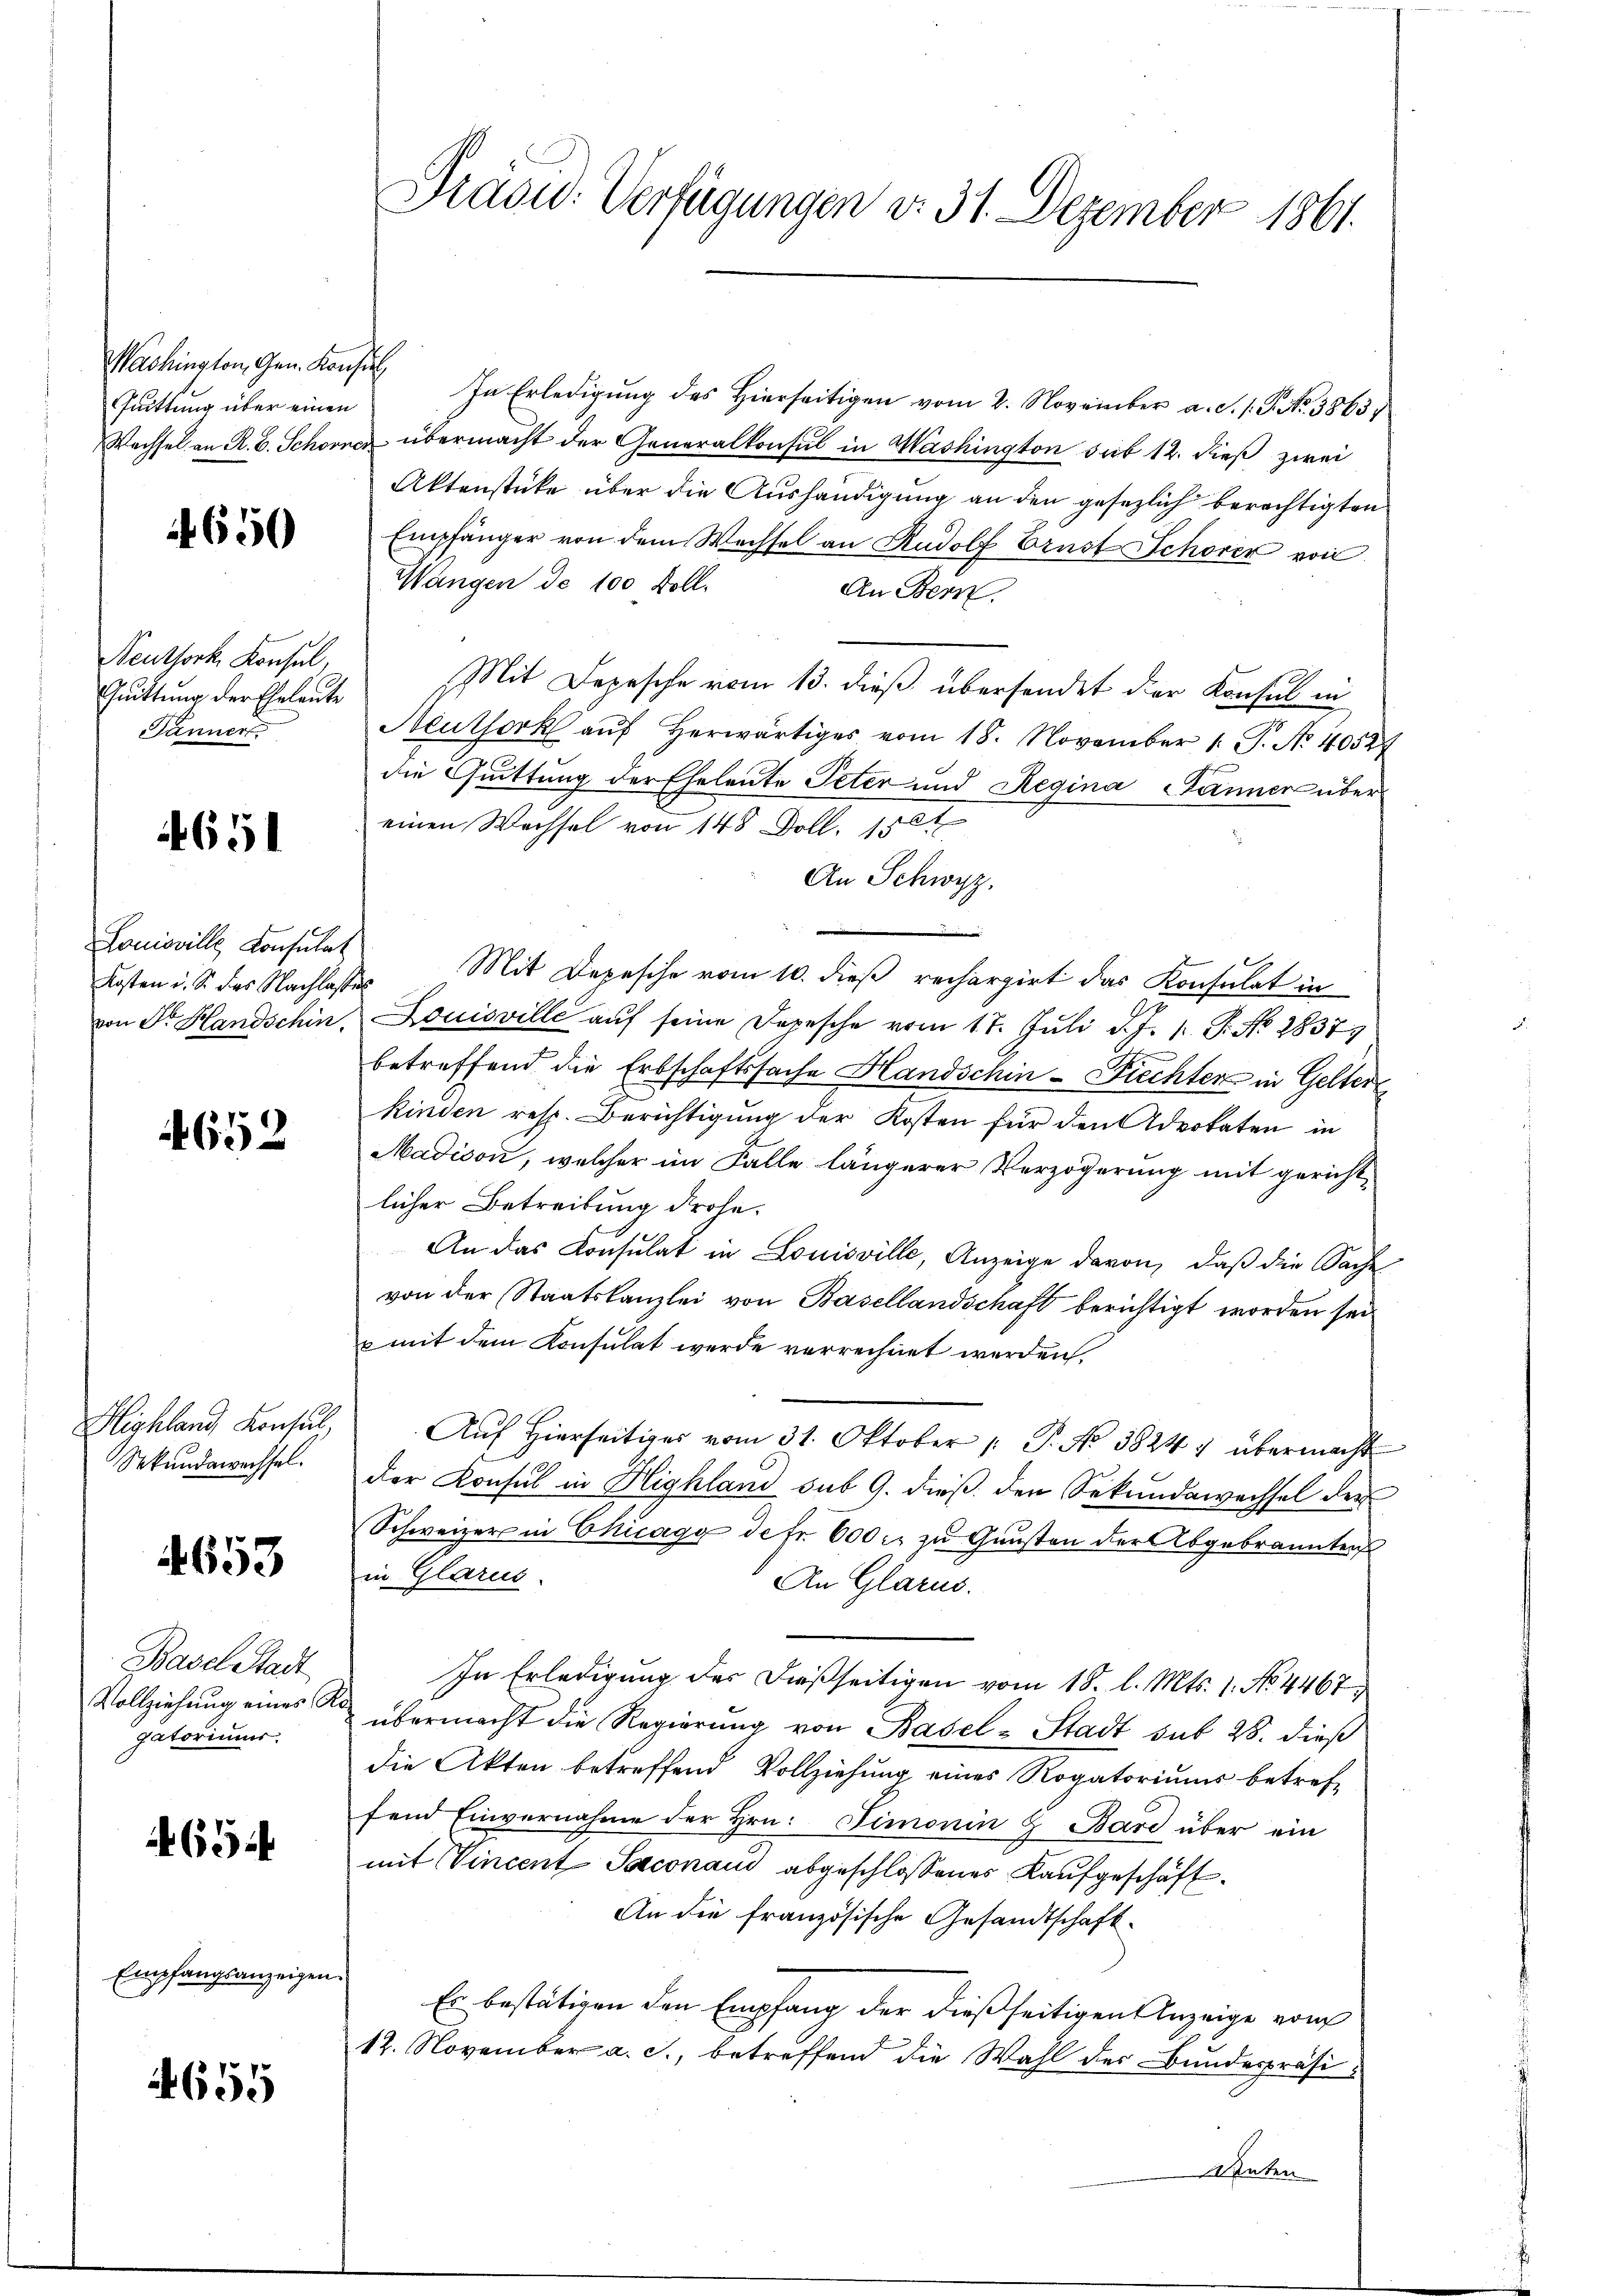
Washington, Gen. Konsul
Quittung über einen

650

Neuthork Konsul,
Quittung der Eheleute
Jänner

4651

Louisville Konsulat
Kosten u. S. des Nachlasses

4652

Sekundawachsel.

4653

Basel Stadt
gatoriums.

65

Empfangsanzeigen

655

Präsid. Verfügungen d. 31. Dezember 1861.

In Erledigung des Hierseitigen vom 2. November a. S. 1. P. No. 3865
Wachsel an R. B. Schönen übermacht der Generalkonsul in Washington sub 12. dieß zwei
Aktenstücke über die Aushändigung an den gesezlich berechtigten
Empfänger von dem Wechsel an Rudolf Brust Schorer von
Wangen de 100 Doll-
An Bern
Mit Depesche vom 13. dieß übersendet der Konsul in
Aeuthork aŭf herwärtiges vom 18. November 1. P. No 40527
die Quittung der Eheleute Peter und Regina Jänner über
einen Wechsel von 148 Doll, 15 t
An Schwyz.
Mit Depesche vom 10. dieß rechargirt das Konsulat in
von Sr. Handschin Louisville auf seine Depesche vom 17. Juli d. J. 1. Fr. No. 2837
.
betreffend die Erbschaftssache Handschin-Fiechten in Gelter
kinden resp. Berichtigung der Kosten für den Advokaten in
Madison, welcher im Falle längerer Verzögerung mit gerichtlicher Betreitung drohe.
An das Consulat in Louisville, Anzeige davon, daß die Sache
von der Staatskanzlei von Basellandschaft berichtigt worden sei
u mit dem Konsulat werde verrechnet werden.
Highland Konsul, Aŭf Hierseitiger vom 31. Oktober 1. P. No 38247 übermacht
der Konsul in Blighland sub 9. dieß den Sekundawechsel der
Schweizer in Chicagy de fr. 600 rt zu Gunsten der Abgebrannten
in Glarus.
An Glarus.
In Erledigung des dießseitigen vom 18. l. Mts. 1. No. 4467
Vollziehung eines übermacht die Regierung von Basel-Stadt sub 28. dieß
die Akten betreffend Vollziehung eines Rogatoriums betreffend Einvernahme der Hrn. Fimonin & Bard über ein
mit Vincent-Saconau abgeschlossenes Kaufgeschäft
An die französische Gesandtschaft.
e
Es bestätigen den Empfang der dießseitigen Anzeige vom
12. November a. c., betreffend die Wahl der Bundespräsi¬
Unter